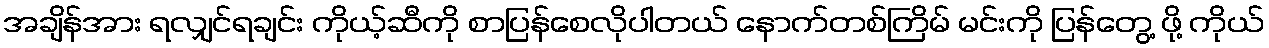
အချိန်အား ရလျှင်ရချင်း ကိုယ့်ဆီကို စာပြန်စေလိုပါတယ် နောက်တစ်ကြိမ် မင်းကို ပြန်တွေ့ ဖို့ ကိုယ်